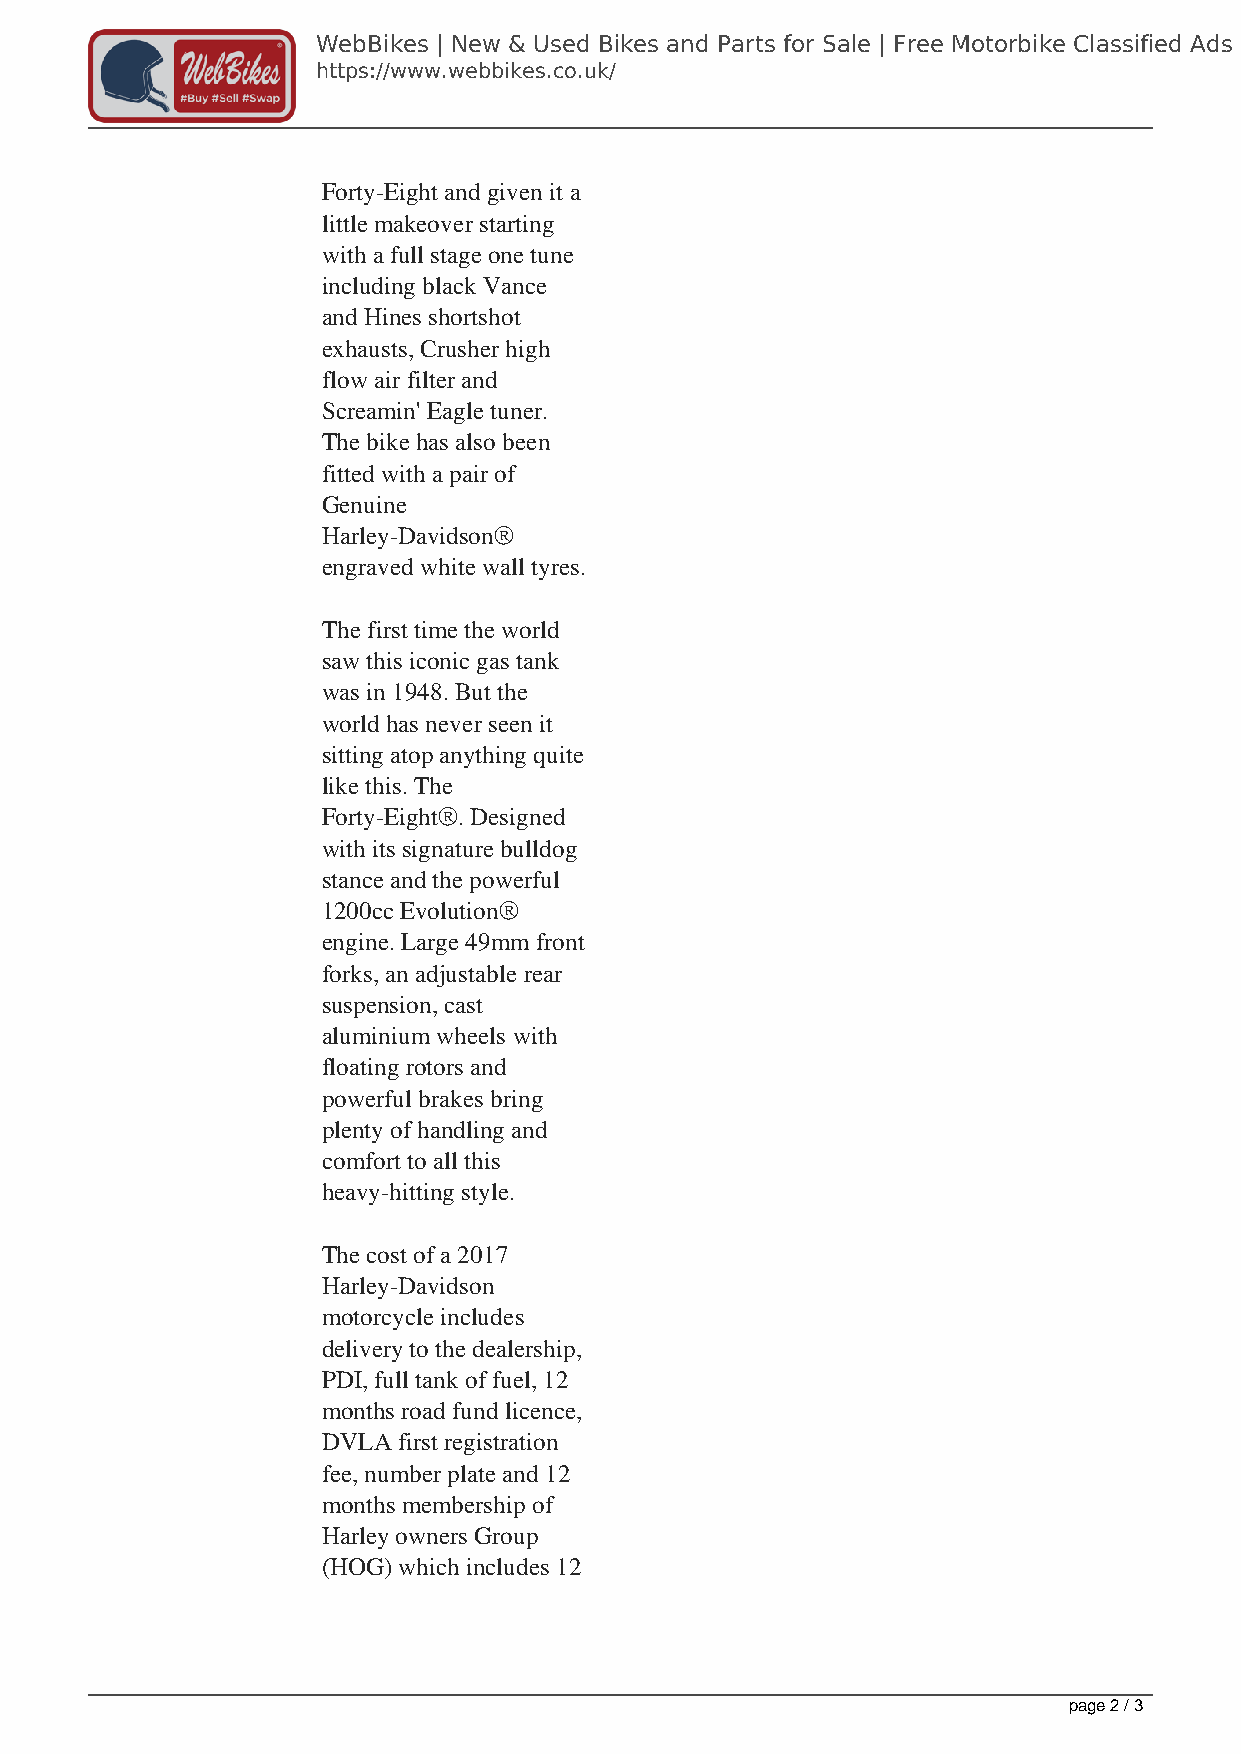
WebBikes | New & Used Bikes and Parts for Sale | Free Motorbike Classified Ads
 https://www.webbikes.co.uk/
 Forty-Eight and given it a
 little makeover starting
 with a full stage one tune
 including black Vance
 and Hines shortshot
 exhausts, Crusher high
 flow air filter and
 Screamin' Eagle tuner.
 The bike has also been
 fitted with a pair of
 Genuine
 Harley-Davidson®
 engraved white wall tyres.
 The first time the world
 saw this iconic gas tank
 was in 1948. But the
 world has never seen it
 sitting atop anything quite
 like this. The
 Forty-Eight®. Designed
 with its signature bulldog
 stance and the powerful
 1200cc Evolution®
 engine. Large 49mm front
 forks, an adjustable rear
 suspension, cast
 aluminium wheels with
 floating rotors and
 powerful brakes bring
 plenty of handling and
 comfort to all this
 heavy-hitting style.
 The cost of a 2017
 Harley-Davidson
 motorcycle includes
 delivery to the dealership,
 PDI, full tank of fuel, 12
 months road fund licence,
 DVLA first registration
 fee, number plate and 12
 months membership of
 Harley owners Group
 (HOG) which includes 12
 page 2 / 3